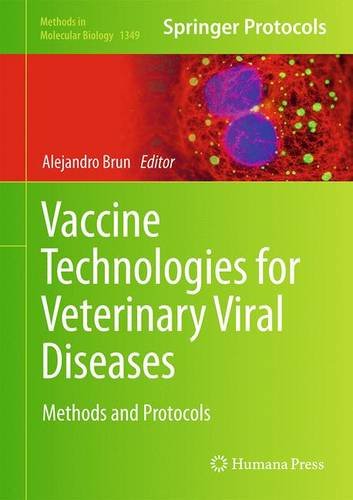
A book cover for Vaccine Technologies for Veterinary Viral Diseases: Methods and Protocols (Methods in Molecular Biology); Medical Books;